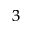
^ { 3 }